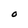
Character: O